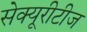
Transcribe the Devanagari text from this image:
सेक्यूरीटीज